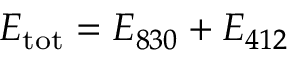
E _ { \mathrm { t o t } } = E _ { 8 3 0 } + E _ { 4 1 2 }